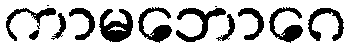
ကာမဘောဂေ